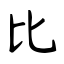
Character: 比